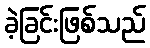
ခဲ့ခြင်းဖြစ်သည်